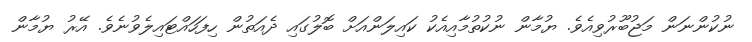
ނުކުންނަން މަޖުބޫރުވިއެވެ. ޔުމާން ނުކުތުމާއިއެކު ކައިލަންއަށް ބޮލުގައި ދެއަތުން ހިފަހައްޓައިލެވުނެވެ. އޭރު ޔުމާން